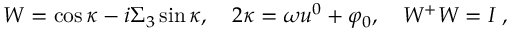
W = \cos \kappa - i \Sigma _ { 3 } \sin \kappa , \quad 2 \kappa = \omega u ^ { 0 } + \varphi _ { 0 } , \quad W ^ { + } W = I \; ,